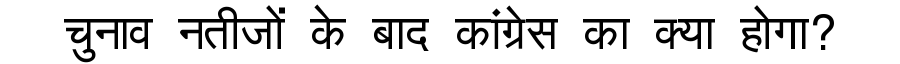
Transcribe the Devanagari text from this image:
चुनाव नतीजों के बाद कांग्रेस का क्या होगा?